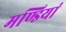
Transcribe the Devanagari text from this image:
मण्डियां